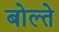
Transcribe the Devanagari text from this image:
बोल्ते